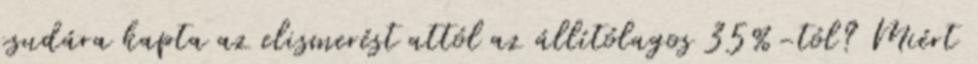
csudára kapta az elismerést attól az állítólagos 35%-tól? Miért